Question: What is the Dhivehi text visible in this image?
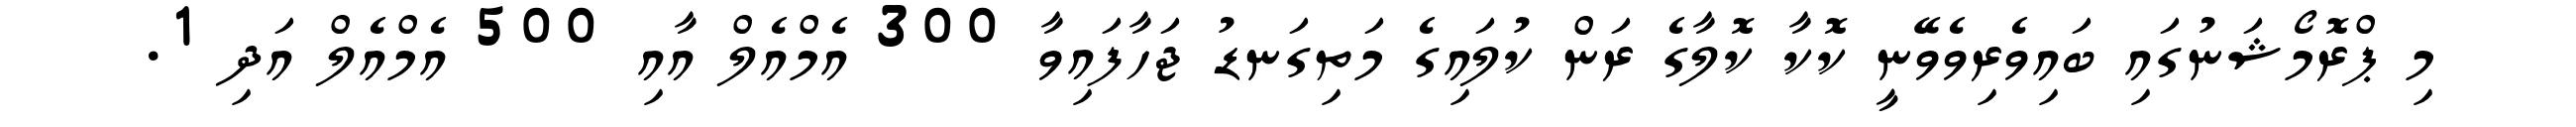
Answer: މި ޕްރޮމޯޝަނުގައި ބައިވެރިވެވޭނީ ކޮކާ ކޮލާގެ ރަން ކުލައިގެ މަތިގަނޑު ޖަހާފައިވާ 300 އެމްއެލް އާއި 500 އެމްއެލް އަދި 1.